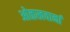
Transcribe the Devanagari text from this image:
ओळखवानां